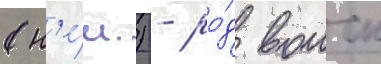
(н'е́м.) - ро́д воиск